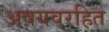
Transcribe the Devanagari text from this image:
अवयवरहित